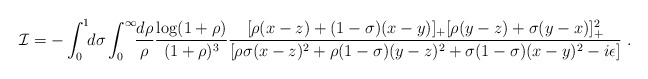
\begin{align*}{\cal I}=-\int_0^1\!\! d\sigma\int_0^\infty \!\!{d\rho\over\rho}{\log(1+\rho)\over(1+\rho)^3}{[\rho(x-z) +(1-\sigma)(x-y)]_+[\rho (y-z) +\sigma (y-x)]_+^2\over [\rho\sigma (x-z)^2 +\rho(1-\sigma )(y-z)^2 +\sigma(1-\sigma) (x-y)^2-i\epsilon]}\ .\end{align*}